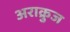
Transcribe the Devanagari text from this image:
अराक्रुज